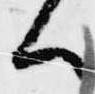
ハ